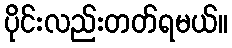
ပိုင်းလည်းတတ်ရမယ်။